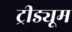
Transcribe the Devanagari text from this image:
ट्रीड्यूम